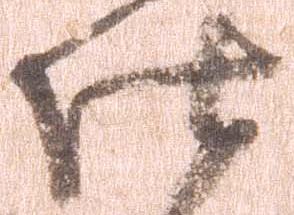
仕